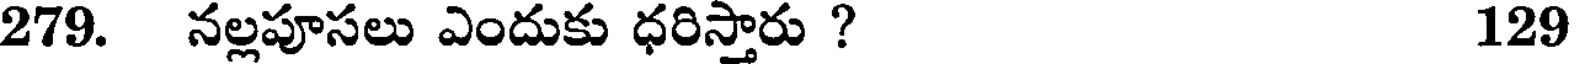
279. నల్లపూసలు ఎందుకు ధరిస్తారు ? 129